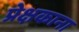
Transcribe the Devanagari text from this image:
प्रेक्षकाना